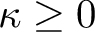
\kappa \geq 0